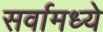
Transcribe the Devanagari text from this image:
सर्वामध्ये